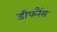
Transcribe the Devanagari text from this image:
डीफरैंस